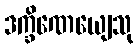
ဒက္ခိဏေယျေသု